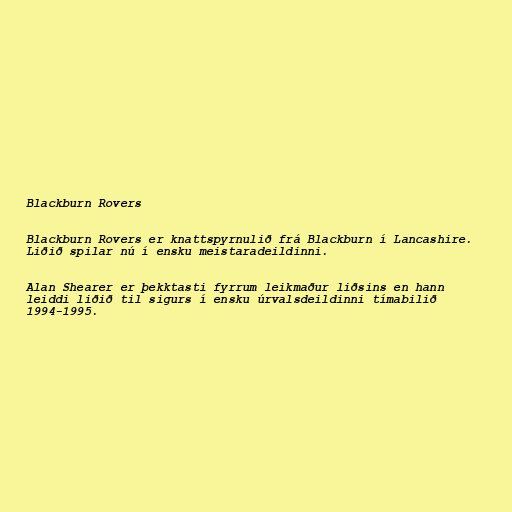
Blackburn Rovers

Blackburn Rovers er knattspyrnulið frá Blackburn í Lancashire.
Liðið spilar nú í ensku meistaradeildinni.

Alan Shearer er þekktasti fyrrum leikmaður liðsins en hann
leiddi liðið til sigurs í ensku úrvalsdeildinni tímabilið
1994-1995.